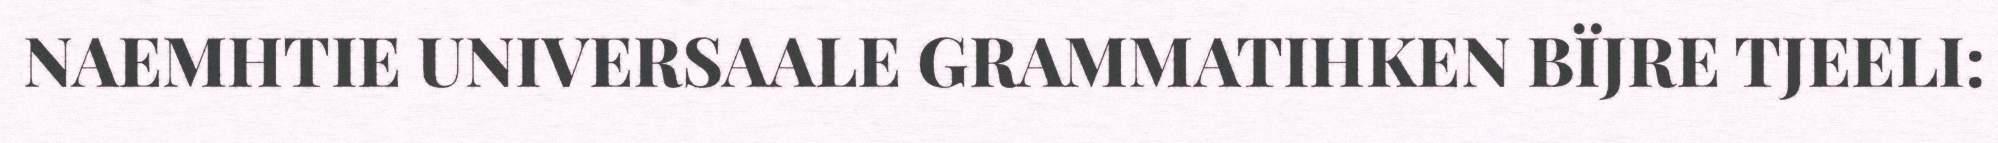
NAEMHTIE UNIVERSAALE GRAMMATIHKEN BÏJRE TJEELI: